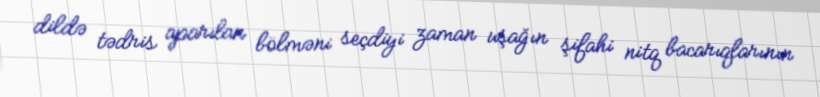
dildə tədris aparılan bölməni seçdiyi zaman uşağın şifahi nitq bacarıqlarının